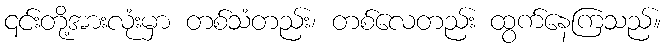
၎င်းတို့အားလုံးမှာ တစ်သံတည်း၊ တစ်လေတည်း ထွက်နေကြသည်။